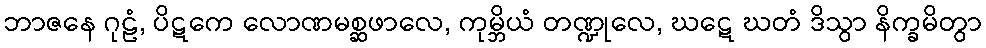
ဘာဇနေ ဂုဠံ, ပိဋကေ လောဏမစ္ဆဖာလေ, ကုမ္ဘိယံ တဏ္ဍုလေ, ဃဋေ ဃတံ ဒိသွာ နိက္ခမိတွာ